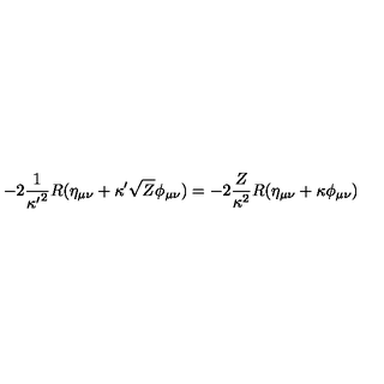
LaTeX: - 2 { \frac { 1 } { { \kappa ^ { \prime } } ^ { 2 } } } R ( \eta _ { \mu \nu } + \kappa ^ { \prime } \sqrt { Z } \phi _ { \mu \nu } ) = - 2 { \frac { Z } { \kappa ^ { 2 } } } R ( \eta _ { \mu \nu } + \kappa \phi _ { \mu \nu } )